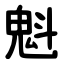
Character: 魁